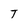
Character: T